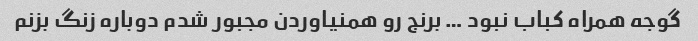
گوجه همراه کباب نبود … برنج رو همنیاوردن مجبور شدم دوباره زنگ بزنم